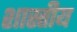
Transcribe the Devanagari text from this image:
शास्तीय